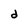
Character: a